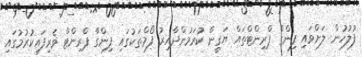
ފުލުހުން ލަށްވައި ފިންގާ ޕްރިންޓްތައް ޔަގީން ކުރަމުންދާއިރު ފޯމްތަކުގައި ފިންގާ ޕްރިންޓް ވެރިފައިކުރުމުގައި